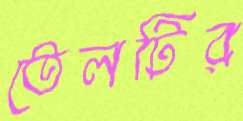
তেলটির